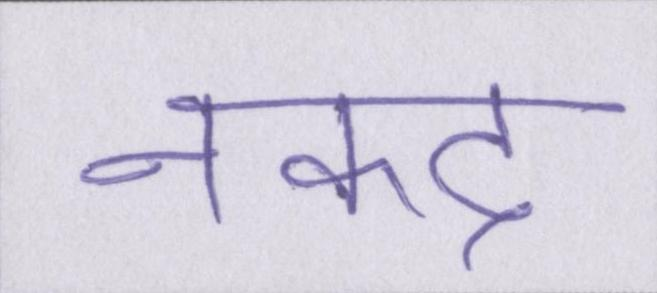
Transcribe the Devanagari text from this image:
नकद